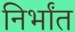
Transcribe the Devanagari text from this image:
निर्भांत